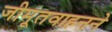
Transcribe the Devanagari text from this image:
जीमूतवाहनने